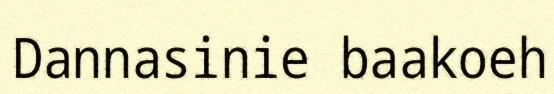
Dannasinie baakoeh